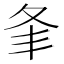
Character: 𡕗